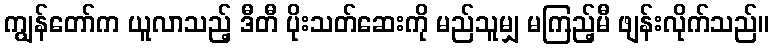
ကျွန်တော်က ယူလာသည့် ဒီတီ ပိုးသတ်ဆေးကို မည်သူမျှ မကြည့်မီ ဖျန်းလိုက်သည်။